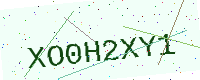
Text: XO0H2XY1